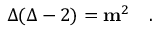
\Delta ( \Delta - 2 ) = { \mathbf m } ^ { 2 } \quad .